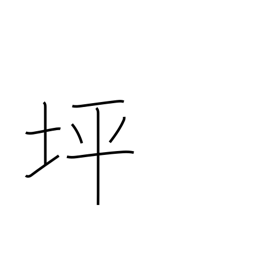
Meaning: approx. thirty-six sq ft